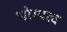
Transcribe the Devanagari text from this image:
भोग्यत्व